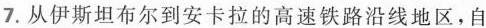
7.从伊斯坦布尔到安卡拉的高速铁路沿线地区，自